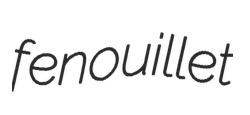
fenouillet